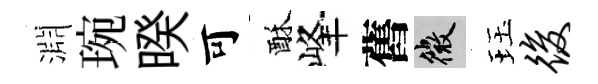
淵琬暌可酥峰舊微珏后